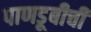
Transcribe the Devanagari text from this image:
पाणडूबीची